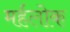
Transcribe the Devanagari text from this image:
मर्हलोक